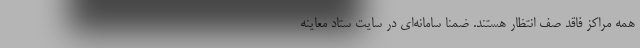
همه مراکز فاقد صف انتظار هستند. ضمنا سامانه‌ای در سایت ستاد معاینه